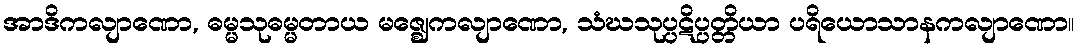
အာဒိကလျာဏော, ဓမ္မသုဓမ္မတာယ မဇ္ဈေကလျာဏော, သံဃသုပ္ပဋိပ္ပတ္တိယာ ပရိယောသာနကလျာဏော။